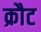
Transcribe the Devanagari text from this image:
क्रौट